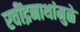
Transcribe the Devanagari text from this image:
रवींद्रनाथांमुळे